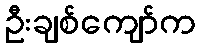
ဦးချစ်ကျော်က